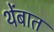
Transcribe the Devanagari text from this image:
थेंबात